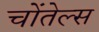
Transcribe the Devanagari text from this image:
चोंतेल्स